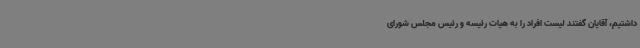
داشتیم، آقایان گفتند لیست افراد را به هیات رئیسه و رئیس مجلس شورای